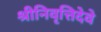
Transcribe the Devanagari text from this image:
श्रीनिवृत्तिदेवे